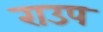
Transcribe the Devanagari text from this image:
राउप